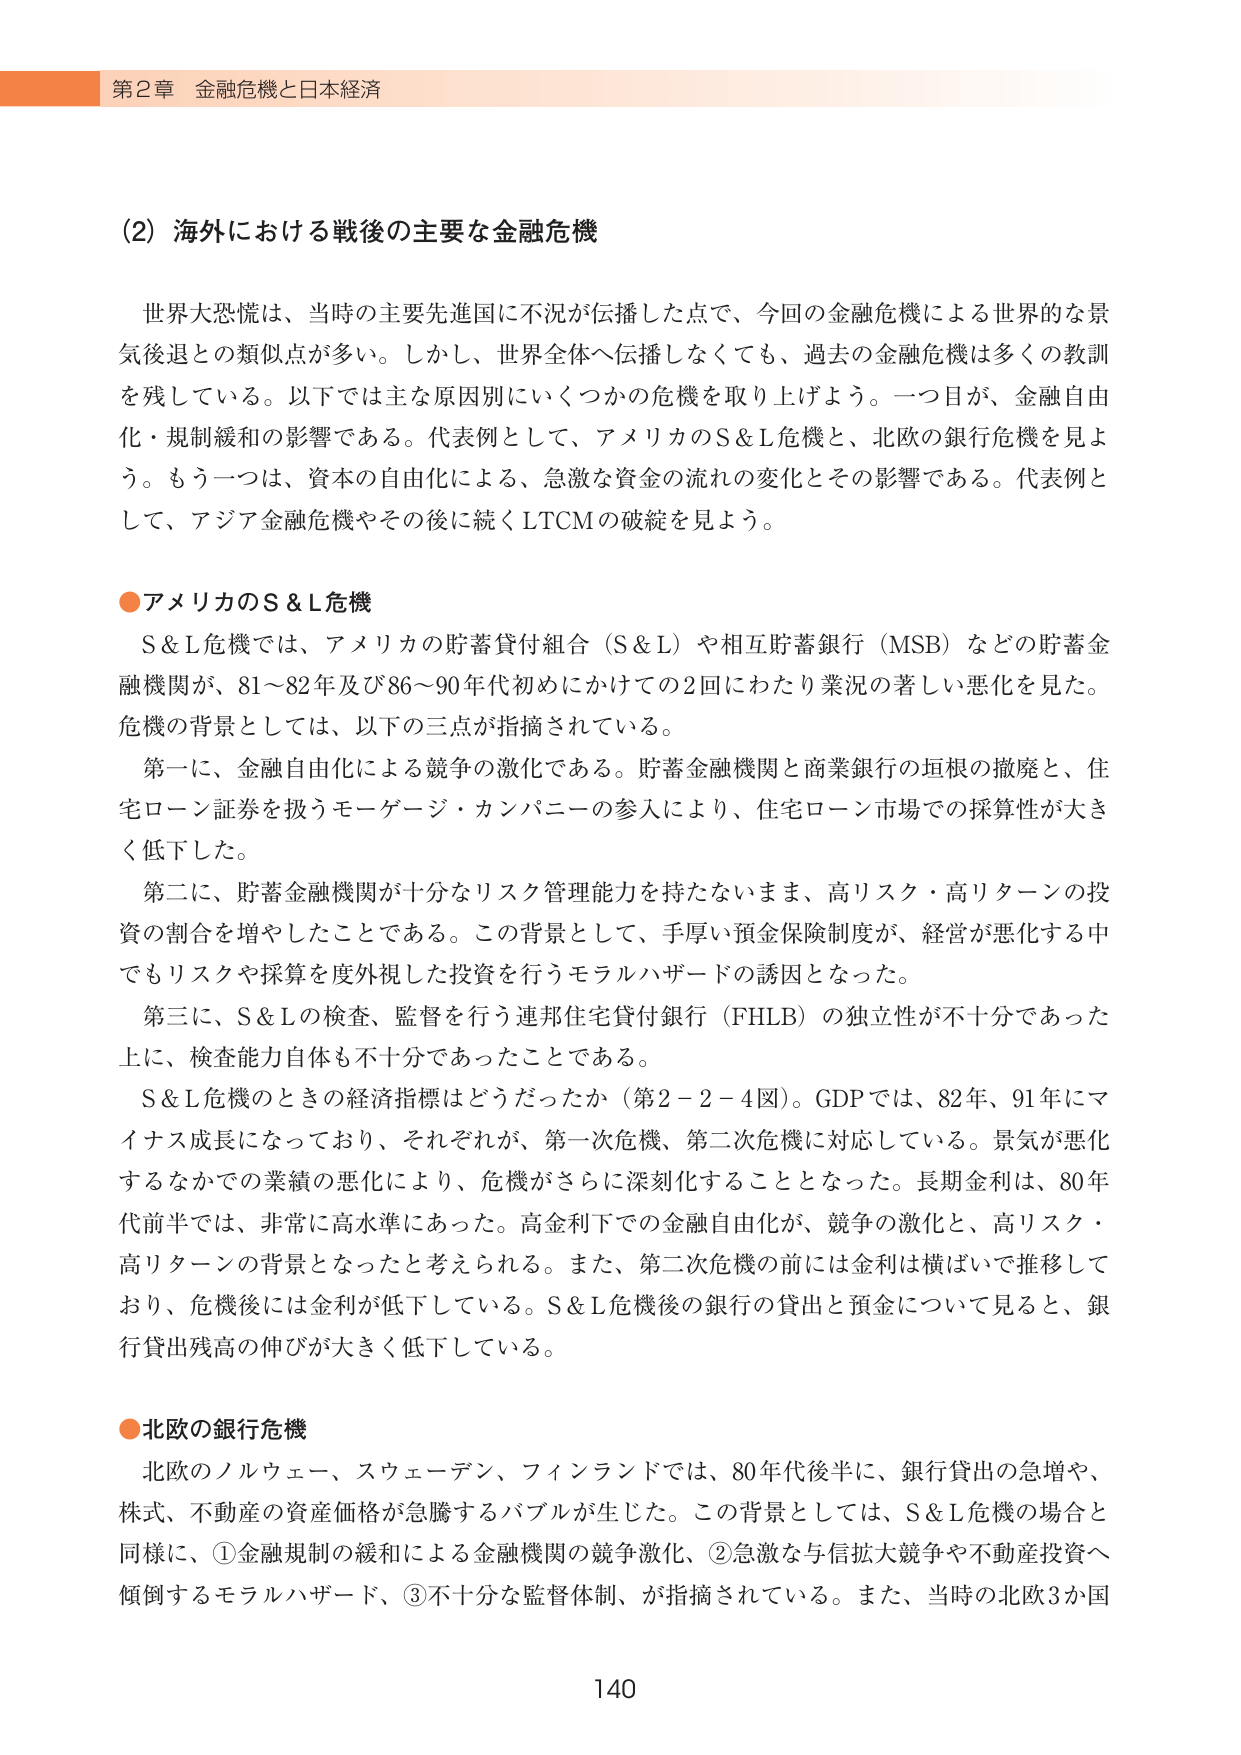
第2章 金融危機と日本経済

(2) 海外における戦後の主要な金融危機

世界大恐慌は、当時の主要先進国に不況が伝播した点で、今回の金融危機による世界的な景気後退との類似点が多い。しかし、世界全体へ伝播しなくても、過去の金融危機は多くの教訓を残している。以下では主な原因別にいくつかの危機を取り上げよう。一つ目が、金融自由化・規制緩和の影響である。代表例として、アメリカのS＆L危機と、北欧の銀行危機を見よう。もう一つは、資本の自由化による、急激な資金の流れの変化とその影響である。代表例として、アジア金融危機やその後に続くLTCMの破綻を見よう。

●アメリカのS＆L危機

S＆L危機では、アメリカの貯蓄貸付組合（S＆L）や相互貯蓄銀行（MSB）などの貯蓄金融機関が、81～82年及び86～90年代初めにかけての2回にわたり業況の著しい悪化を見た。危機の背景としては、以下の三点が指摘されている。

第一に、金融自由化による競争の激化である。貯蓄金融機関と商業銀行の垣根の撤廃と、住宅ローン証券を扱うモーゲージ・カンパニーの参入により、住宅ローン市場での採算性が大きく低下した。

第二に、貯蓄金融機関が十分なリスク管理能力を持たないまま、高リスク・高リターンの投資の割合を増やしたことである。この背景として、手厚い預金保険制度が、経営が悪化する中でもリスクや採算を度外視した投資を行うモラルハザードの誘因となった。

第三に、S＆Lの検査、監督を行う連邦住宅貸付銀行（FHLB）の独立性が不十分であった上に、検査能力自体も不十分であったことである。

S＆L危機のときの経済指標はどうだったか（第2－2－4図）。GDPでは、82年、91年にマイナス成長になっており、それぞれが、第一次危機、第二次危機に対応している。景気が悪化するなかでの業績の悪化により、危機がさらに深刻化することとなった。長期金利は、80年代前半では、非常に高水準にあった。高金利下での金融自由化が、競争の激化と、高リスク・高リターンの背景となったと考えられる。また、第二次危機の前には金利は横ばいで推移しており、危機後には金利が低下している。S＆L危機後の銀行の貸出と預金について見ると、銀行貸出残高の伸びが大きく低下している。

●北欧の銀行危機

北欧のノルウェー、スウェーデン、フィンランドでは、80年代後半に、銀行貸出の急増や、株式、不動産の資産価格が急騰するバブルが生じた。この背景としては、S＆L危機の場合と同様に、①金融規制の緩和による金融機関の競争激化、②急激な与信拡大競争や不動産投資へ傾倒するモラルハザード、③不十分な監督体制、が指摘されている。また、当時の北欧3か国

140